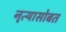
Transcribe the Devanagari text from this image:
नृत्यासोबत